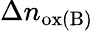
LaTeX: \Delta n_{\mathrm{ox(B)}}